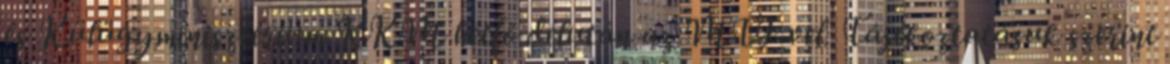
és Külügyminisztérium KKM hétfő délután az MTI-vel. Tájékoztatásuk szerint